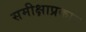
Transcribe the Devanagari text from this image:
समीक्षाप्रकार